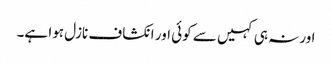
اورنہ ہی کہیں سے کوئی اور انکشاف نازل ہوا ہے۔